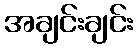
အချင်းချင်း